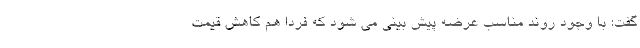
گفت: با وجود روند مناسب عرضه پیش بینی می شود که فردا هم کاهش قیمت